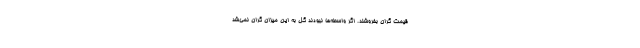
قیمت گران بفروشند. اگر واسطه‌ها نبودند گل به این میزان گران نمی‌شد